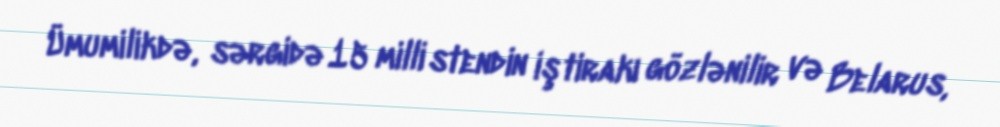
Ümumilikdə, sərgidə 15 milli stendin iştirakı gözlənilir və Belarus,